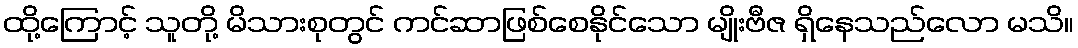
ထို့ကြောင့် သူတို့ မိသားစုတွင် ကင်ဆာဖြစ်စေနိုင်သော မျိုးဗီဇ ရှိနေသည်လော မသိ။